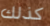
كذلك